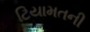
ટિયામતની